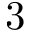
3